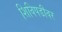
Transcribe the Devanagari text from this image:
शिविपडीवर